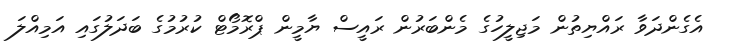
އެގެންދަވާ ރައްޔިތުން މަޖިލީހުގެ މެންބަރުން ރައީސް ޔާމީން ޕްރޮމޯޓް ކުރުމުގެ ބަދަލުގައި އަމިއްލަ